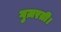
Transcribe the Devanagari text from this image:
गुज़रती।